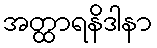
အတ္ထာရနိဒါနာ